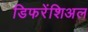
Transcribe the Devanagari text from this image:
डिफरेंशिअल